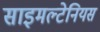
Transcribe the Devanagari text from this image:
साइमल्टेनियस